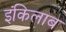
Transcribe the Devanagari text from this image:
इंकिलाब